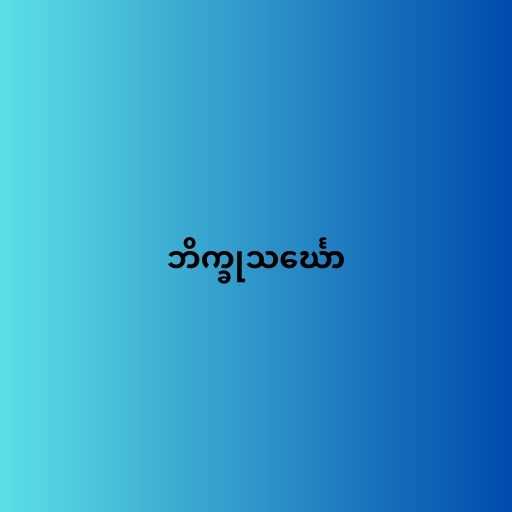
ဘိက္ခုသင်္ဃော